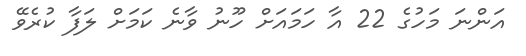
އަންނަ މަހުގެ 22 އާ ހަމައަށް ހޫނު ވާނެ ކަމަށް ލަފާ ކުރެވޭ